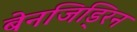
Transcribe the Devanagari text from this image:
बेनजिड्रिन